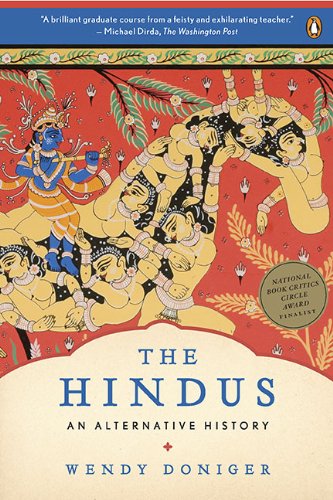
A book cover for The Hindus: An Alternative History; Wendy Doniger; Religion & Spirituality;